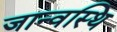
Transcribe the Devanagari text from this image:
जान्वस्थि